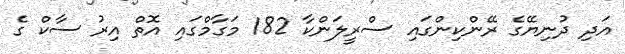
އަދި ދުނިޔޭގެ ރޭންކިންގައި ސްރީލަންކާ 182 މަގާމްގައި އޮތް އިރު ސާކް ގެ